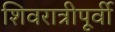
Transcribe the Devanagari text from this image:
शिवरात्रीपूर्वी